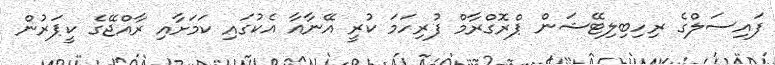
ފައިސަލްގެ ރިހިބިލިޓޭޝަން ޕްރޮގްރާމް ފުރިހަމަ ކުރީ އޭނާއާ އެކުގައި ކަމަށާއި ރާއްޖޭގެ ކީޕަރުން